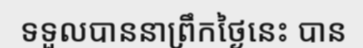
ទទួលបាននាព្រឹកថ្ងៃនេះ បាន